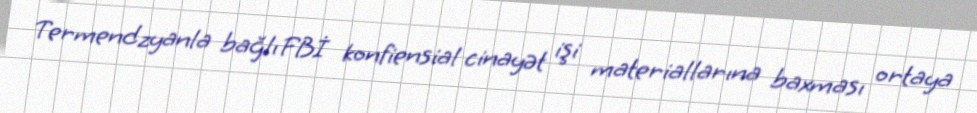
Termendzyanla bağlı FBİ konfiensial cinayət işi materiallarına baxması ortaya